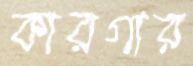
কারগার